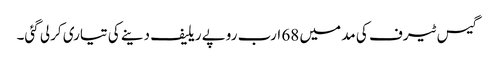
گیس ٹیرف کی مد میں 68 ارب روپے ریلیف دینے کی تیاری کرلی گئی۔